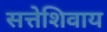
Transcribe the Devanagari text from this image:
सत्तेशिवाय